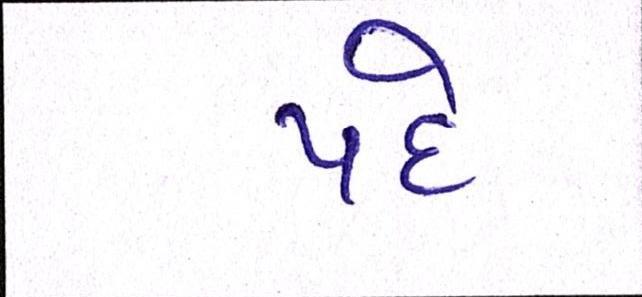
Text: પદે